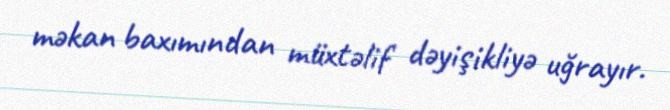
məkan baxımından müxtəlif dəyişikliyə uğrayır.